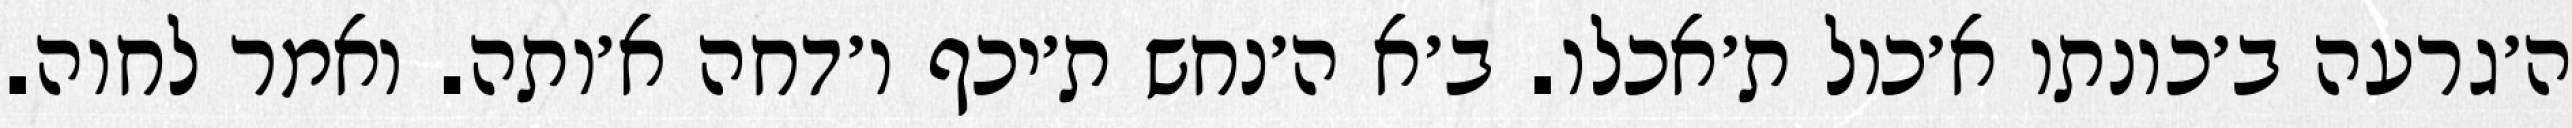
ה׳גרעה ב׳כונתו א׳כול ת׳אכלו. ב׳א ה׳נחש ת׳יכף ו׳דחה א׳ותה. ואמר לחוה.